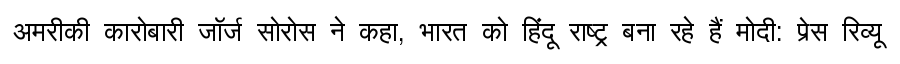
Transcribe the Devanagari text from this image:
अमरीकी कारोबारी जॉर्ज सोरोस ने कहा, भारत को हिंदू राष्ट्र बना रहे हैं मोदी: प्रेस रिव्यू